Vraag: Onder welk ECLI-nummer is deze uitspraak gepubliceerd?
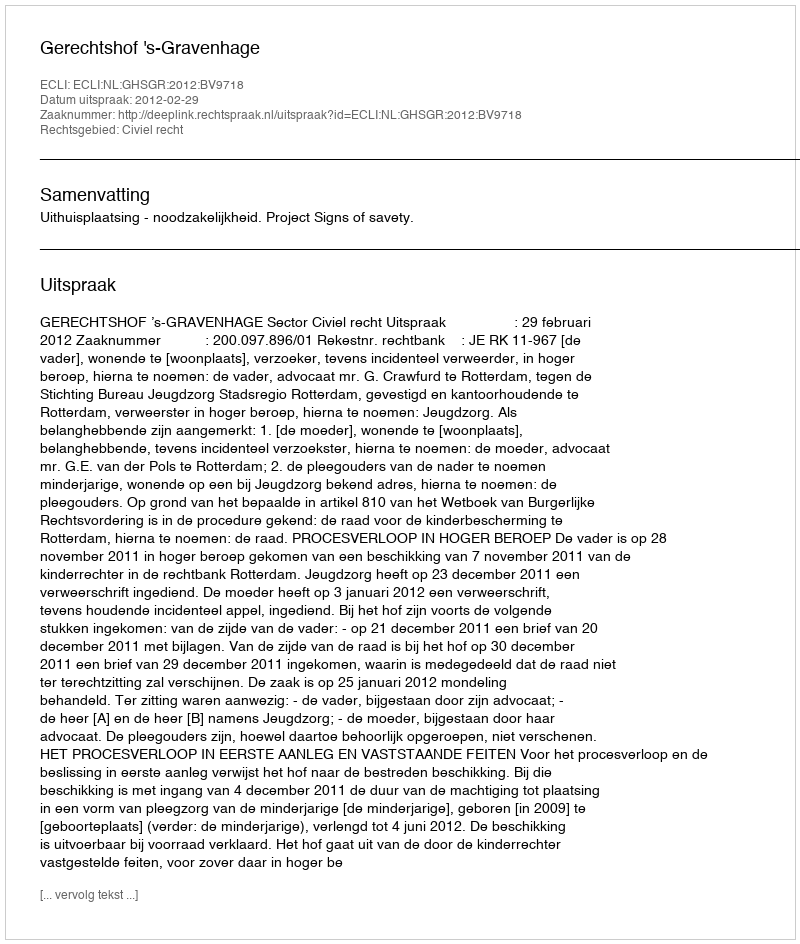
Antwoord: ECLI:NL:GHSGR:2012:BV9718